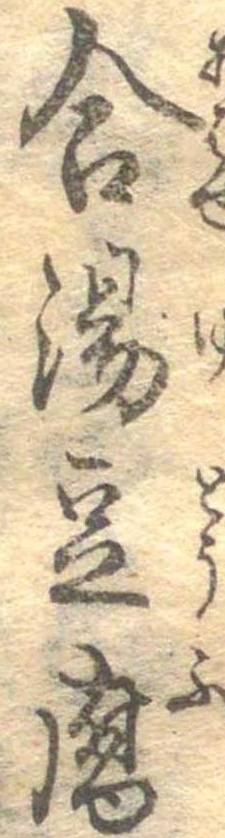
合湯豆腐